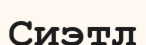
Сиэтл